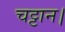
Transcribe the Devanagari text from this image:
चट्टान।